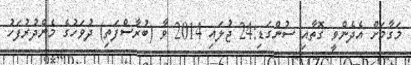
މަގާމަށް އެދެންވީ ގޮތާއި ސުންގަޑި:24 ޖުލައި 2014 ވާ (ބުރާސްފަތި) ދުވަހުގެ މެންދުރުފަހު